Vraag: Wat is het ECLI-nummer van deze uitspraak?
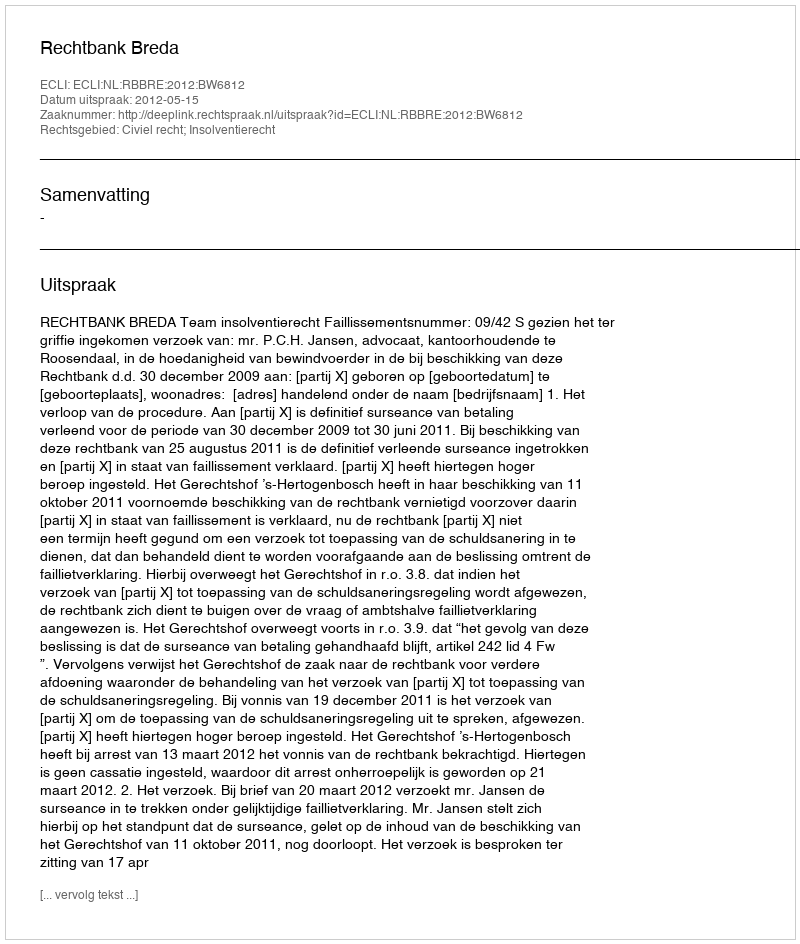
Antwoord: ECLI:NL:RBBRE:2012:BW6812